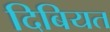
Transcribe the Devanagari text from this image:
दिबियत